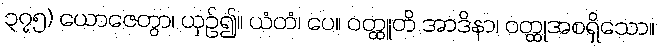
၃၇၅) ယောဇေတွာ၊ ယှဉ်၍။ ယံတံ၊ ပေ။ ဝတ္ထူတိ အာဒိနာ၊ ဝတ္ထုအစရှိသော။